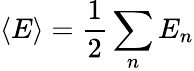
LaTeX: \langle E\rangle={\frac{1}{2}}\sum_{n}E_{n}